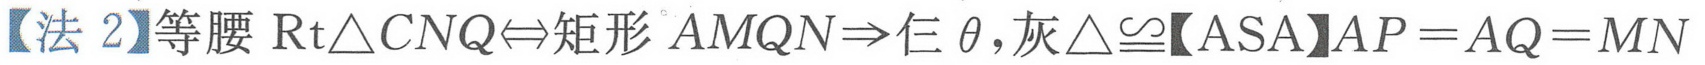
【法 2】等腰\(\text{Rt}\triangle CNQ\Leftrightarrow\)矩形\(AMQN\Rightarrow\)仨\(\theta,\text{灰}\triangle\cong\text{【ASA】}AP = AQ = MN\)